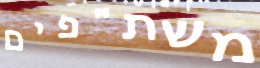
משת"פים